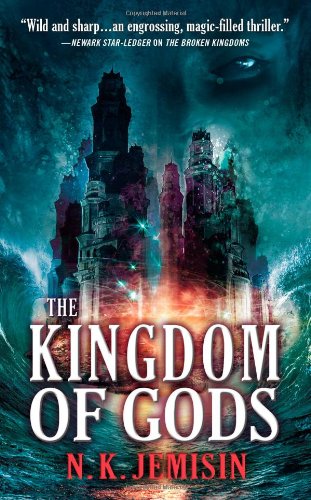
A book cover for The Kingdom of Gods (The Inheritance Trilogy); N. K. Jemisin; Literature & Fiction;